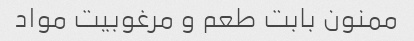
ممنون بابت طعم و مرغوبیت مواد